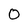
Character: 0